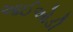
આઈઓડી